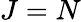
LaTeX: J=N